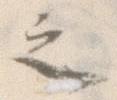
之